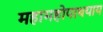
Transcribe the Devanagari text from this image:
महामहोपाधयाय